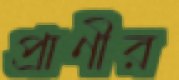
প্রাণীর